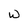
Character: W